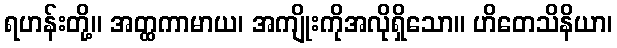
ရဟန်းတို့။ အတ္ထကာမာယ၊ အကျိုးကိုအလိုရှိသော။ ဟိတေသိနိယာ၊